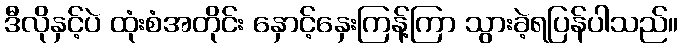
ဒီလိုနှင့်ပဲ ထုံးစံအတိုင်း နှောင့်နှေးကြန့်ကြာ သွားခဲ့ရပြန်ပါသည်။